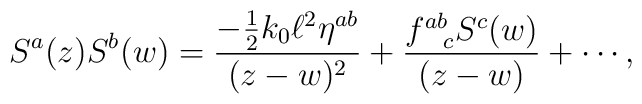
S^{a}(z)S^{b}(w) = \frac{-\frac{1}{2} k_{0} \ell^{2}    \eta^{ab}}{(z-w)^{2}} +    \frac{f^{ab}_{~~c}S^{c}(w)}{(z-w)}+ \cdots,